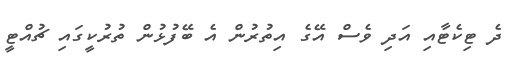
ދެ ޓިކެޓާއި އަދި ވެސް އޭގެ އިތުރުން އެ ބޭފުޅުން ތުރުކީގައި ޗުއްޓީ